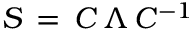
{ \cal S } \, = \, { \cal C } \, \Lambda \, { \cal C } ^ { - 1 }